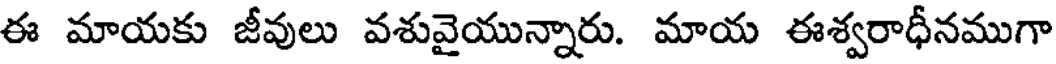
ఈ మాయకు జీవులు వశువైయున్నారు. మాయ ఈశ్వరాధీనముగా